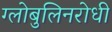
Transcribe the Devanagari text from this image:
ग्लोबुलिनरोधी